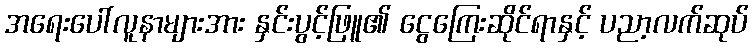
အရေးပေါ်လူနာများအား နှင်းပွင့်ဖြူ၏ ငွေကြေးဆိုင်ရာနှင့် ပညာ့လက်ဆုပ်